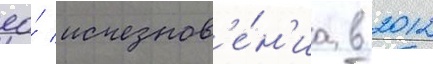
ео́ исчезнов'е́н'иа в 2012